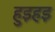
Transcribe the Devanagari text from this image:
हुइहइ